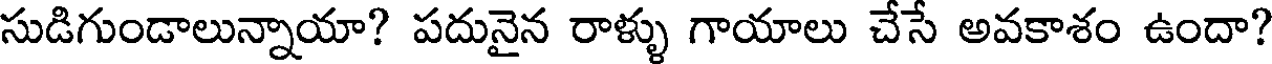
సుడిగుండాలున్నాయా? పదునైన రాళ్ళు గాయాలు చేసే అవకాశం ఉందా?